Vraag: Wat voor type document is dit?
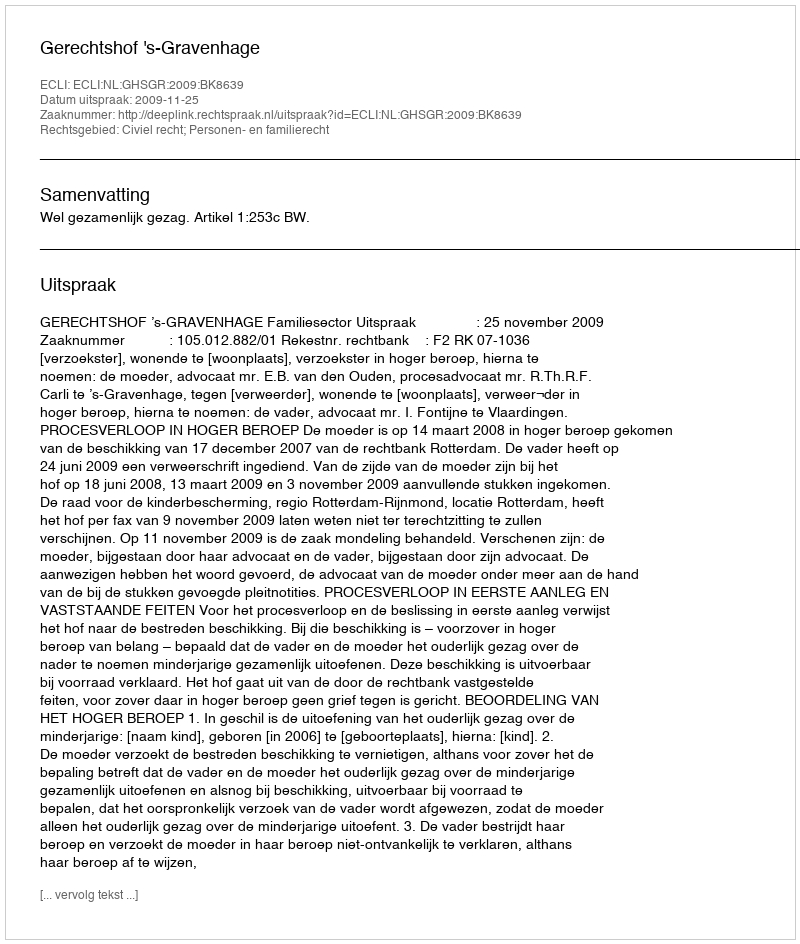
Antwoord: Uitspraak